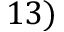
1 3 )